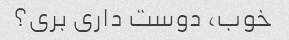
خوب، دوست داری بری؟